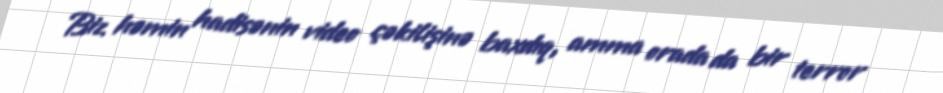
Biz həmin hadisənin video çəkilişinə baxdıq, amma orada da bir terror